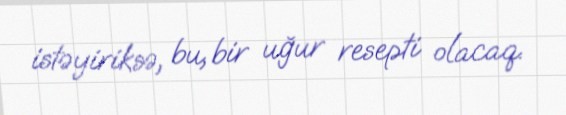
istəyiriksə, bu, bir uğur resepti olacaq.